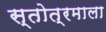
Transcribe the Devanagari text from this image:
स्तोत्रमाला